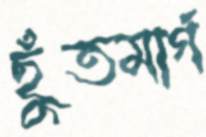
ছুঁতমার্গ